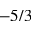
- 5 / 3